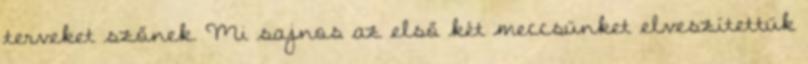
terveket szőnek. Mi sajnos az első két meccsünket elveszítettük